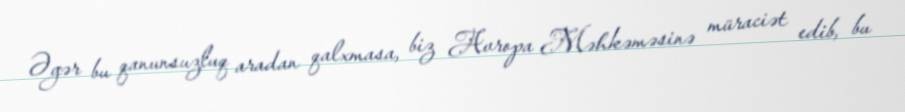
Əgər bu qanunsuzluq aradan qalxmasa, biz Avropa Məhkəməsinə müraciət edib, bu